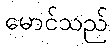
မောင်သည်